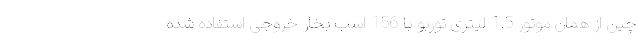
چین از همان موتور 1.5 لیتری توربو با 156 اسب بخار خروجی استفاده شده